[Report on the health of British troops in the Madras command]
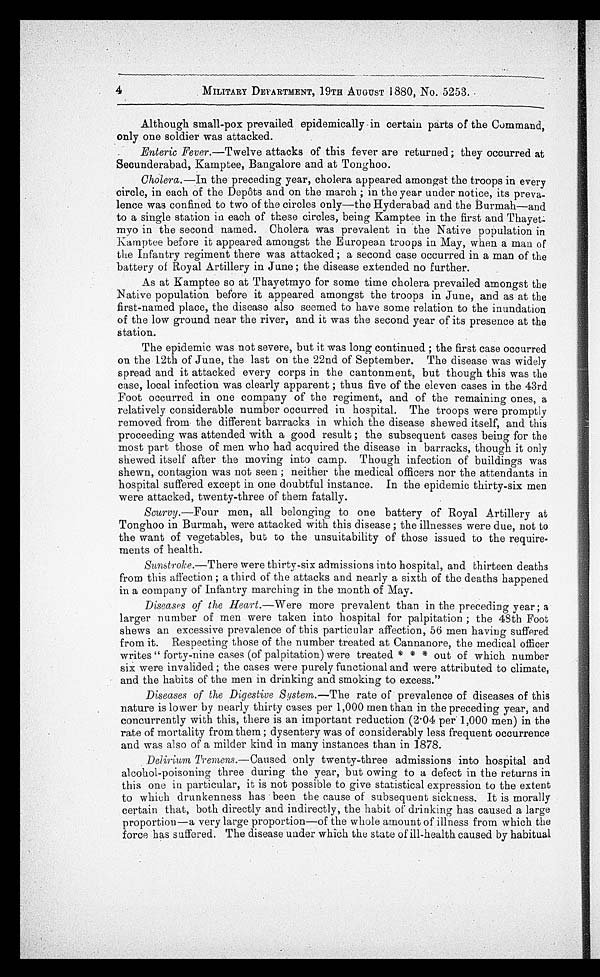
4
MILITARY DEPARTMENT, 19TH AUGUST 1880, No. 5253.
Although small-pox prevailed epidemically in certain parts of the Command,
only one soldier was attacked.
Enteric Fever.—Twelve attacks of this fever are returned ; they occurred at
Secunderabad, Kamptee, Bangalore and at Tonghoo.
Cholera. —In the preceding year, cholera appeared amongst the troops in every
circle, in each of the Depôts and on the march ; in the year under notice, its preva-
lence was confined to two of the circles only—the Hyderabad and the Burmah—and
to a single station in each of these circles, being Kamptee in the first and Thayet
- m y o i n t h e s e c o n d n a m e d . C h o l e r a w a s p r e v a l e n t i n t h e N a t i v e p o p u l a t i o n i n
Kamptee before it appeared amongst the European troops in May, when a man of
the Infantry regiment there was attacked ; a second case occurred in a man of the
battery of Royal Artillery in June ; the disease extended no further.
As at Kamptee so at Thayetmyo for some time cholera prevailed amongst the
Native population before it appeared amongst the troops in June, and as at the
first-named place, the disease also seemed to have some relation to the inundation
of the low ground near the river, and it was the second year of its presence at the
station.
The epidemic was not severe, but it was long continued ; the first case occurred
on the 12th of June, the last on the 22nd of September. The disease was widely
spread and it attacked every corps in the cantonment, but though this was the
case, local infection was clearly apparent ; thus five of the eleven cases in the 43rd
Foot occurred in one company of the regiment, and of the remaining ones, a
relatively considerable number occurred in hospital. The troops were promptly
removed from the different barracks in which the disease showed itself, and this
proceeding was attended with a good result ; the subsequent cases being for the
most part those of men who had acquired the disease in barracks, though it only
shewed itself after the moving into camp. Though infection of buildings was
shewn, contagion was not seen ; neither the medical officers nor the attendants in
hospital suffered except in one doubtful instance. In the epidemic thirty-six men
were attacked, twenty-three of them fatally.
Scurvy. —Four men, all belonging to one battery of Royal Artillery at
Tonghoo in Burmah, were attacked with this disease ; the illnesses were due, not to
the want of vegetables, but to the unsuitability of those issued to the require-
ments of health.
Sunstroke. —There were thirty-six admissions into hospital, and thirteen deaths
from this affection ; a third of the attacks and nearly a sixth of the deaths happened
in a company of Infantry marching in the month of May.
Diseases of the Heart. —Were more prevalent than in the preceding year; a
larger number of men were taken into hospital for palpitation ; the 48th Foot
shews an excessive prevalence of this particular affection, 56 men having suffered
from it. Respecting those of the number treated at Cannanore, the medical officer
writes " forty-nine cases (of palpitation) were treated * * * out of which number
six were invalided ; the cases were purely functional and were attributed to climate,
and the habits of the men in drinking and smoking to excess."
Diseases of the Digestive System. — T h e
r a t e o f p r e v a l e n c e o f d i s e a s e s o f t h i s
nature is lower by nearly thirty cases per 1,000 men than in the preceding year, and
concurrently with this, there is an important reduction (2.04 per 1,000 men) in the
rate of mortality from them ; dysentery was of considerably less frequent occurrence
and was also of a milder kind in many instances than in 1878.
Delirium Tremens. —Caused only twenty-three admissions into hospital and
alcohol-poisoning three during the year, but owing to a defect in the returns in
this one in particular, it is not possible to give statistical expression to the extent
to which drunkenness has been the cause of subsequent sickness. It is morally
certain that, both directly and indirectly, the habit of drinking has caused a large
proportion—a very large proportion—of the whole amount of illness from which the
force has suffered. The disease under which the state of ill-health caused by habitual